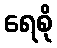
ရေစို